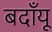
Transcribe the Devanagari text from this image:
बदाँयू